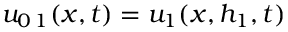
u _ { 0 \, 1 } ( x , t ) = u _ { 1 } ( x , h _ { 1 } , t )